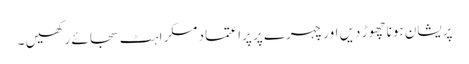
پریشان ہونا چھوڑ دیں اور چہرے پر پراعتماد مسکراہٹ سجائے رکھیں ۔